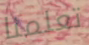
تعلمنا